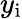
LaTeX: y_{\textrm{i}}